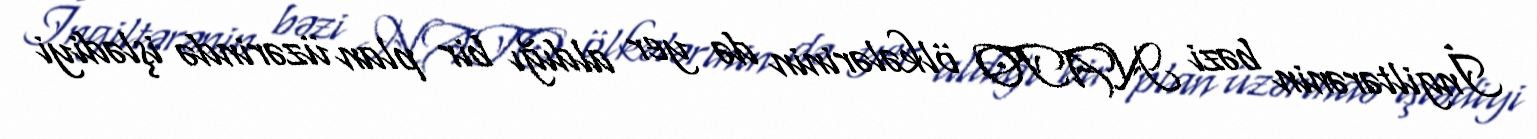
İngiltərənin bəzi NATO ölkələrinin də yer aldığı bir plan üzərində işlədiyi